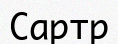
Сартр